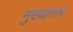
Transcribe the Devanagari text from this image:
मुख्यतार